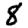
Digit: 8